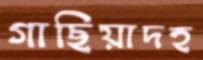
গাছিয়াদহ